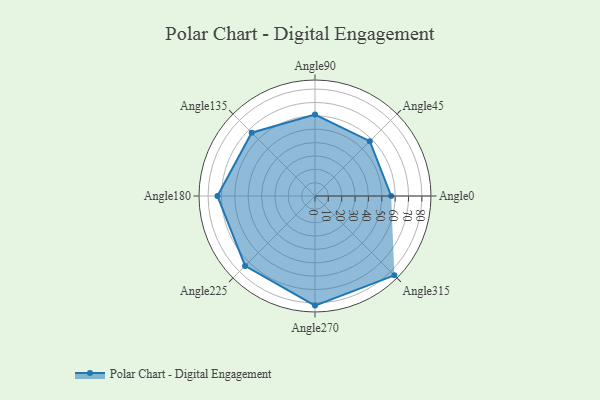
{"axis": {"x": "Angle", "y": "Radius"}, "legend": [""], "data": [{"x": "Angle0", "y": 57.0, "type": ""}, {"x": "Angle45", "y": 58.0, "type": ""}, {"x": "Angle90", "y": 61.0, "type": ""}, {"x": "Angle135", "y": 67.0, "type": ""}, {"x": "Angle180", "y": 73.0, "type": ""}, {"x": "Angle225", "y": 74.0, "type": ""}, {"x": "Angle270", "y": 82.0, "type": ""}, {"x": "Angle315", "y": 84.0, "type": ""}]}